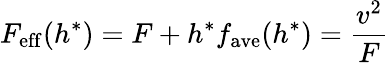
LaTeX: F_{\mathrm{eff}}(h^{*})=F+h^{*}f_{\mathrm{ave}}(h^{*})=\frac{v^{2}}{F}